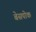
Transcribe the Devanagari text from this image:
बेसपोक